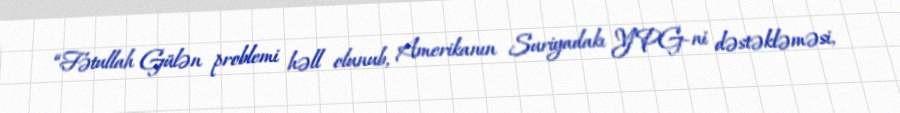
“Fətullah Gülən problemi həll olunub, Amerikanın Suriyadakı YPG-ni dəstəkləməsi,